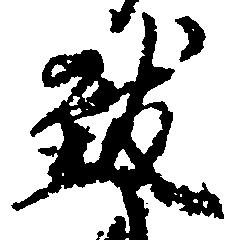
致